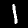
Label: 1